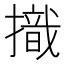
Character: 𢴠